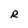
Character: R